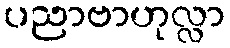
ပညာဗာဟုလ္လာ